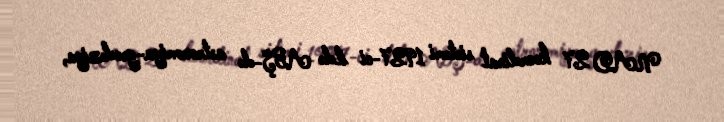
NAD 27 koordinat sistemi 1927-ci ildə ABŞ-də astronomiya-geodeziya,